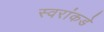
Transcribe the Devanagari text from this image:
स्वरांकडे